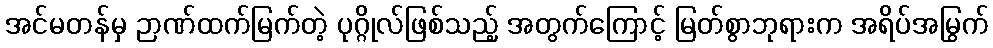
အင်မတန်မှ ဉာဏ်ထက်မြက်တဲ့ ပုဂ္ဂိုလ်ဖြစ်သည့် အတွက်ကြောင့် မြတ်စွာဘုရားက အရိပ်အမြွက်